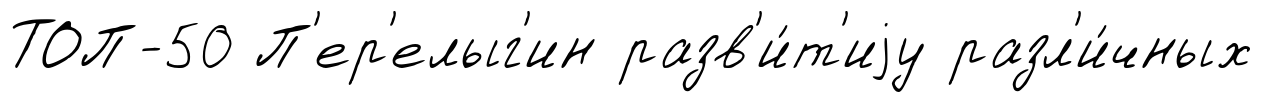
ТОП-50 П'ер'елыг'ин разв'и́т'иjу разл'и́чных